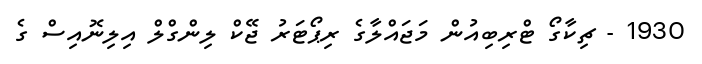
1930 - ޗިކާގޯ ޓްރިބިއުން މަޖައްލާގެ ރިޕޯޓަރު ޖޭކް ލިންގްލް އިލިނޮއިސް ގެ